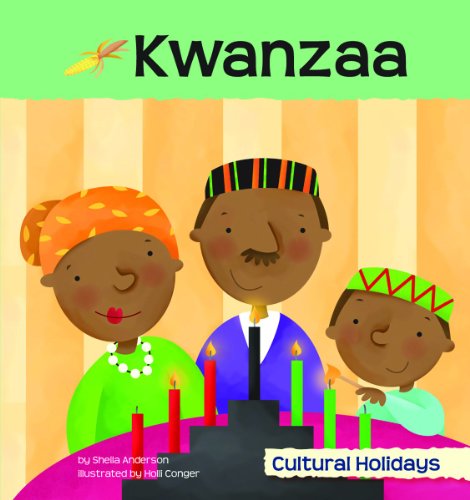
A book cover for Kwanzaa (Cultural Holidays); Sheila Anderson; Children's Books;